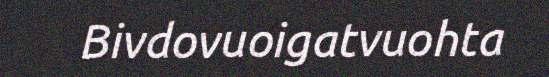
Bivdovuoigatvuohta